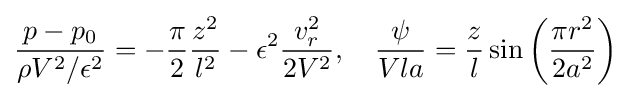
{\frac {p-p_{0}}{\rho V^{2}/\epsilon ^{2}}}=-{\frac {\pi }{2}}{\frac {z^{2}}{l^{2}}}-\epsilon ^{2}{\frac {v_{r}^{2}}{2V^{2}}},\quad {\frac {\psi }{Vla}}={\frac {z}{l}}\sin \left({\frac {\pi r^{2}}{2a^{2}}}\right)